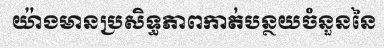
យ៉ាងមានប្រសិទ្ធភាពកាត់បន្ថយចំនួននៃ